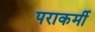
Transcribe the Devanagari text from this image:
पराकर्मी